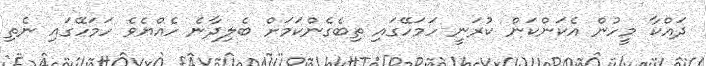
ދައްކާ މީހުން އެކަންކަން ކުރަނީ ހަމަހޭގައި ތިބެގެންކަމަށް ބެލިދާނެ ހެއްޔެވެ ހަމަހޭގައި ނެތި